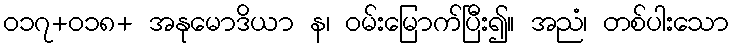
၀၁၇+၀၁၈+ အနုမောဒိယာ န၊ ဝမ်းမြောက်ပြီး၍။ အညံ၊ တစ်ပါးသော